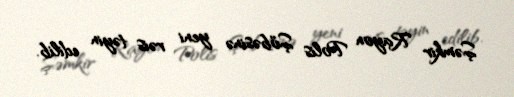
Şəmkir Rayon Polis Şöbəsinə yeni rəis təyin edilib.